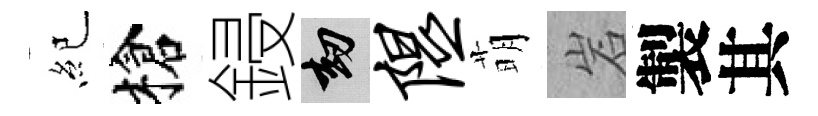
紀槍鋟劫隰萌岩製其